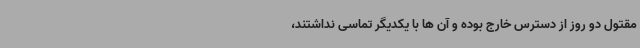
مقتول دو روز از دسترس خارج بوده و آن ها با یکدیگر تماسی نداشتند،